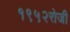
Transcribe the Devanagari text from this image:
१९५२रोजी